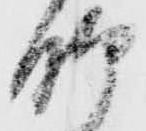
脚